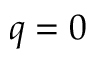
q = 0